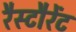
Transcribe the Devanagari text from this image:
रैस्टौरेंट